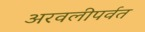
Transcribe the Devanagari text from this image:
अरवलीपर्वत